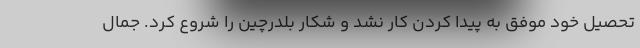
تحصیل خود موفق به پیدا کردن کار نشد و شکار بلدرچین را شروع کرد. جمال